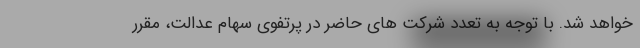
خواهد شد. با توجه به تعدد شرکت های حاضر در پرتفوی سهام عدالت، مقرر